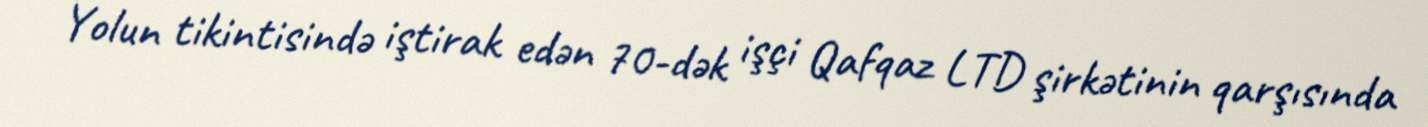
Yolun tikintisində iştirak edən 70-dək işçi Qafqaz LTD şirkətinin qarşısında